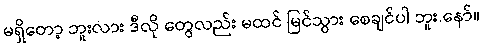
မရှိတော့ ဘူးလား ဒီလို တွေလည်း မထင် မြင်သွား စေချင်ပါ ဘူး.နော်။